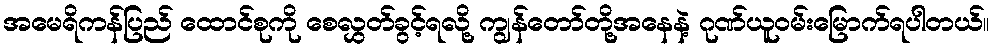
အမေရိကန်ပြည် ထောင်စုကို စေလွှတ်ခွင့်ရလို့ ကျွန်တော်တို့အနေနဲ့ ဂုဏ်ယူဝမ်းမြောက်ရပါတယ်။